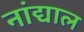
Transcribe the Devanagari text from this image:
नांद्याल